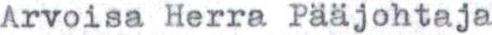
Arvoisa Herra Pääjohtaja